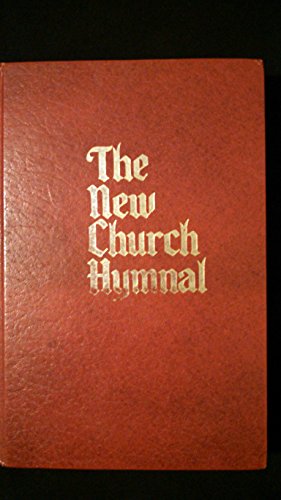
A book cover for The New Church Hymnal; Christian Books & Bibles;